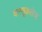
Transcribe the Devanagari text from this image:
वास्तूकलेचा